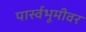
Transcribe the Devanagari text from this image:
पार्स्वभूमीवर